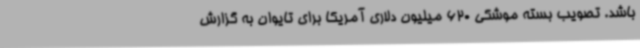
باشد. تصویب بسته موشکی 620 میلیون دلاری آمریکا برای تایوان به گزارش